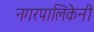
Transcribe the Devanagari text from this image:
नगरपालिकेनी